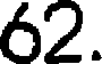
62.